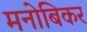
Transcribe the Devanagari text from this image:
मनोबिकर